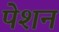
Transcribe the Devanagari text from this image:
पेशन